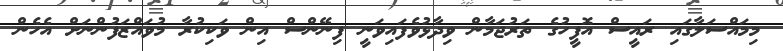
މިމައްސަލާގައި ރައީސް އޮފީހުގެ ތަރުޖަމާން ވިދާޅުވެފައިވަނީ ފިނޭންސް އިން ވަކިކުރާ މުވައްޒަފުންނަށް އެހެން